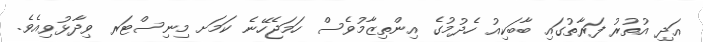
އަދި އުތުރު ފަރާތުގައި ބާބަކިއު ހެދުމުގެ އިންތިޒާމުވެސް ހަމަޖެހޭނެ ކަމަށ މިނިސްޓަރ ވިދާޅުވިއެވެ.